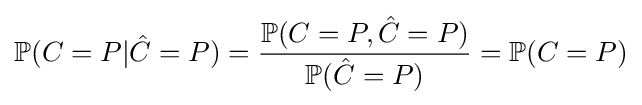
\mathbb {P} (C=P|{\hat {C}}=P)={\frac {\mathbb {P} (C=P,{\hat {C}}=P)}{\mathbb {P} ({\hat {C}}=P)}}=\mathbb {P} (C=P)